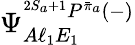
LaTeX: \Psi_{A\ell_{1}E_{1}}^{{^{2S_{a}+1}P^{\bar{\pi}_{a}}}(-)}